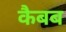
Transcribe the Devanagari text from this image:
कैबब